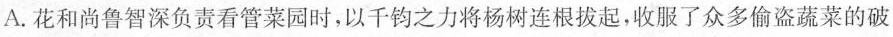
A.花和尚鲁智深负责看管菜园时，以千钧之力将杨树连根拔起，收服了众多偷盗蔬菜的破